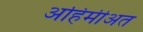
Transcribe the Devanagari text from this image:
अहिमीअत